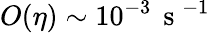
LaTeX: O(\eta)\sim 10^{-3}\, \mathrm{~s~}^{-1}